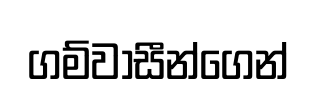
ගම්වාසීන්ගෙන්